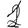
Digit: 1